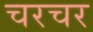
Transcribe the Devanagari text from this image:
चरचर